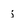
Character: j